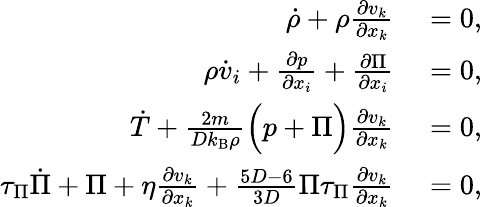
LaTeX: \begin{array}{rl}{\dot{\rho}+\rho\frac{\partial v_{k}}{\partial x_{k}}}&{{}=0,}\\ {\rho\dot{v}_{i}+\frac{\partial p}{\partial x_{i}}+\frac{\partial\Pi}{\partial x_{i}}}&{{}=0,}\\ {\dot{T}+\frac{2m}{Dk_{\textrm{B}}\rho}\Big(p+\Pi\Big)\frac{\partial v_{k}}{\partial x_{k}}}&{{}=0,}\\ {\tau_{\Pi}\dot{\Pi}+\Pi+\eta\frac{\partial v_{k}}{\partial x_{k}}+\frac{5D-6}{3D}\Pi\tau_{\Pi}\frac{\partial v_{k}}{\partial x_{k}}}&{{}=0,}\end{array}